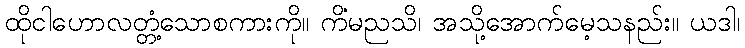
ထိုငါဟောလတ္တံ့သောစကားကို။ ကိံမညသိ၊ အသို့အောက်မေ့သနည်း။ ယဒါ၊